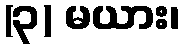
(၃) မယား၊